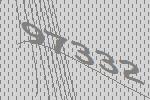
97332